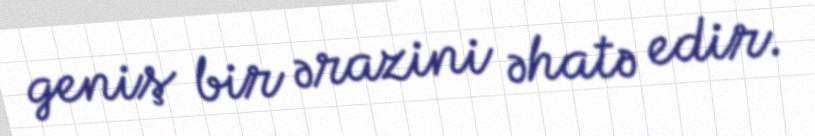
geniş bir ərazini əhatə edir.